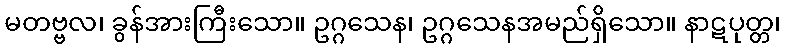
မတဗ္ဗလ၊ ခွန်အားကြီးသော။ ဥဂ္ဂသေန၊ ဥဂ္ဂသေနအမည်ရှိသော။ နာဋပုတ္တ၊